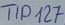
Text: TIP127